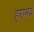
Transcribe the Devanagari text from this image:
हराभद्र